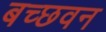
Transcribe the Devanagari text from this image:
बच्छवन